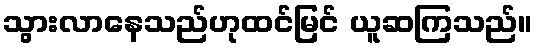
သွားလာနေသည်ဟုထင်မြင် ယူဆကြသည်။